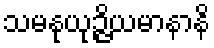
သမနုယုဉ္ဇိယမာနာနိ